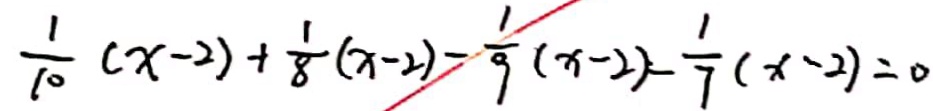
\frac { 1 } { 1 0 } ( x - 2 ) + \frac { 1 } { 8 } ( x - 2 ) - \frac { 1 } { 9 } ( x - 2 ) - \frac { 1 } { 7 } ( x - 2 ) = 0